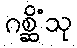
ဂစ္ဆိံသု